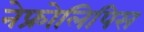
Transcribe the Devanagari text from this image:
नेफ्रोलिपिस